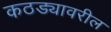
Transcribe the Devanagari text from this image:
कठड्यावरील